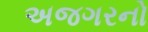
અજગરનો